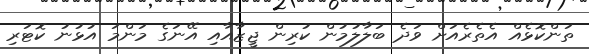
ތަންކޮޅެއް އެތެރެއަށް ވަދެ ބަލާލުމުން ކުރިން ޖީޒާއާއި އޭނަގެ މަންމަ އުޅުނު ކޮޓަރި